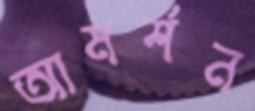
আমর্শন